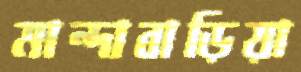
মান্দাবাড়িয়া